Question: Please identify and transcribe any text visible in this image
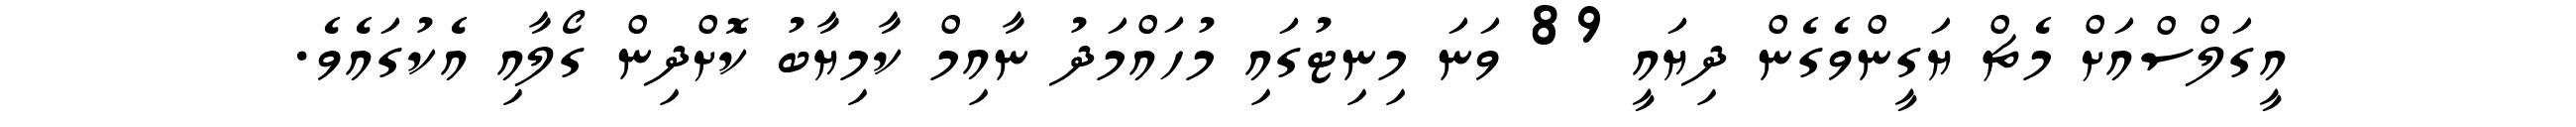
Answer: އީގަލްސްއަށް މެޗް ޔަގީންވެގެން ދިޔައީ 89 ވަނަ މިނިޓުގައި މުހައްމަދު ނާއިމް ކާމިޔާބު ކޮށްދިން ގޯލާއި އެކުގައެވެ.